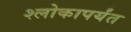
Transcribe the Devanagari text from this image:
श्लोकापर्यंत